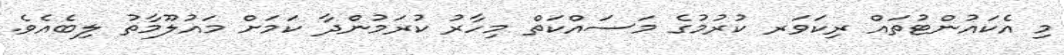
މި އެކައުންޓުތައް ރިކަވަރ ކުރުމުގެ މަސައްކަތް މިހާރު ކުރަމުންދާ ކަމަށް މައުލޫމާތު ލިބެއެވެ.